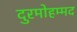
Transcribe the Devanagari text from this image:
दुरमोहम्मद